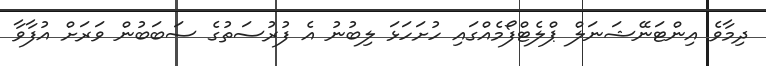
ދިމާވެ އިންޓަނޭޝަނަލް ޕްލެޓްފޯމެއްގައި ހުށަހަޅަ ލިބުނު އެ ފުރުސަތުގެ ސަބަބުން ވަރަށް އުފާވާ